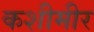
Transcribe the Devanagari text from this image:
कशीमीर